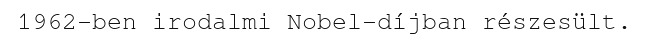
1962-ben irodalmi Nobel-díjban részesült.